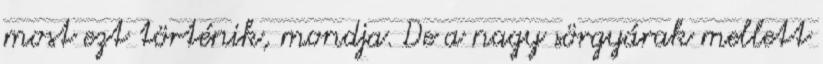
most ezt történik, mondja. De a nagy sörgyárak mellett